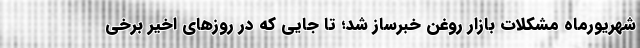
شهریورماه مشکلات بازار روغن خبرساز شد؛ تا جایی که در روزهای اخیر برخی